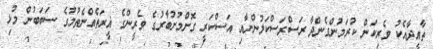
ތާއީދާއެކު ވެރިކަން ކުރަމުންގެންދާ ރަސްރަސްކަލުންނާއި އަސްކަރީ ގޮށްމުށުބާރުގެ ވެރީންގެ ޣީރަތެއްނެތުމުގެ ސަބަބުން މުޅި